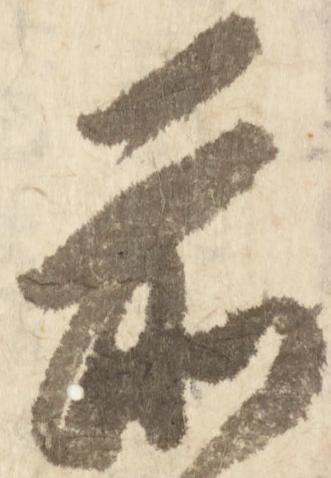
前